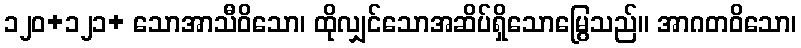
၁၂၀+၁၂၁+ သောအာသီဝိသော၊ ထိုလျှင်သောအဆိပ်ရှိသောမြွေသည်။ အာဂတဝိသော၊